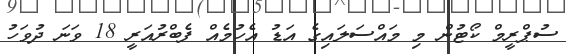
ސުޕްރީމް ކޯޓުން މި މައްސަލައިގެ އަޑު އެހުމެއް ފެބްރުއަރީ 18 ވަނަ ދުވަހު